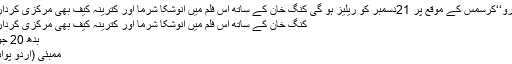
شاہ رخ کی فلم ’’زیرو‘‘کرسمس کے موقع پر 21دسمبر کو ریلیز ہو گی کنگ خان کے ساتھ اس فلم میں انوشکا شرما اور کترینہ کیف بھی مرکزی کردار میں نظر آئیں گے
کنگ خان کے ساتھ اس فلم میں انوشکا شرما اور کترینہ کیف بھی مرکزی کردار میں نظر آئیں گے
بدھ 20 جون 2018 11:48
ممبئی (اُردو پوائنٹ اخبارتازہ ترین۔